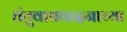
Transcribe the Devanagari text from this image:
तंतुवाद्यवादनाच्या